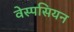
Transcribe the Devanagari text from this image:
वेस्पसियन